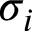
\sigma _ { i }